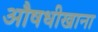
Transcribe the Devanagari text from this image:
औषधीखाना